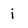
Character: i